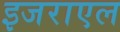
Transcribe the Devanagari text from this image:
इजराएल